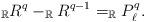
LaTeX: \begin{align*}_\mathbb{R}R^{q} -_\mathbb{R} R^{q-1}= _\mathbb{R} P^{q}_\ell.\end{align*}